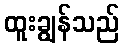
ထူးချွန်သည်